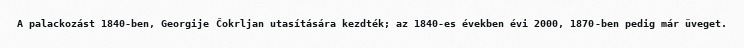
A palackozást 1840-ben, Georgije Čokrljan utasítására kezdték; az 1840-es években évi 2000, 1870-ben pedig már üveget.